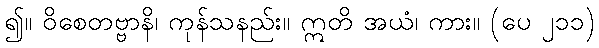
၍။ ဝိစေတဗ္ဗာနိ၊ ကုန်သနည်း။ ဣတိ အယံ၊ ကား။ (ပေ ၂၁၁)